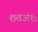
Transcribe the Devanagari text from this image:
शतअंश